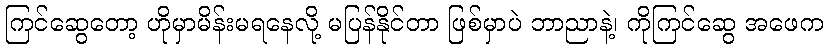
ကြင်ဆွေတော့ ဟိုမှာမိန်းမရနေလို့ မပြန်နိုင်တာ ဖြစ်မှာပဲ ဘာညာနဲ့၊ ကိုကြင်ဆွေ အဖေက